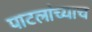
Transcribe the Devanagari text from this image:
पाटलांच्याच